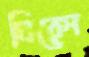
ঘিরেন